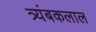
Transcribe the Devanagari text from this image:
त्र्यंबकलाल